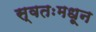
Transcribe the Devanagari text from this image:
स्वतःमधून